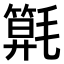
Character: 𣰖